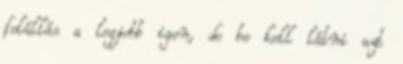
felállás a legjobb igen, de be kell látni azt